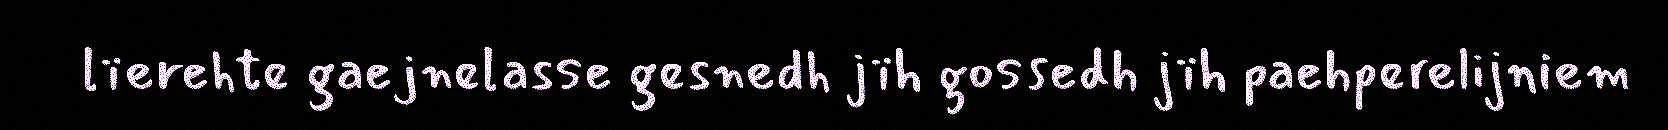
lïerehte gaejnelasse gesnedh jïh gossedh jïh paehperelijniem